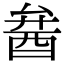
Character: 𨠢